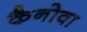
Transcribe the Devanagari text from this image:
कैनोवा